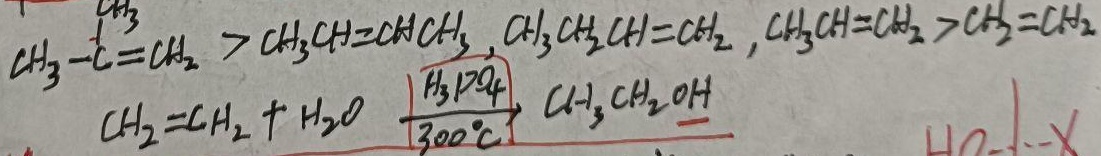
\[
\begin{align*}
\overset{\overset{\text{CH}_3}{\vert}}{\text{CH}_3 - \text{C}}=\text{CH}_2&>\text{CH}_3\text{CH} = \text{CHCH}_3,\text{CH}_3\text{CH}_2\text{CH} = \text{CH}_2,\text{CH}_3\text{CH} = \text{CH}_2>\text{CH}_2=\text{CH}_2\\
\text{CH}_2=\text{CH}_2 + \text{H}_2\text{O}&\xrightarrow[\text{300}^{\circ}\text{C}]{\text{H}_3\text{PO}_4}\text{CH}_3\text{CH}_2\text{OH}
\end{align*}
\]